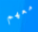
معهم